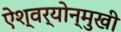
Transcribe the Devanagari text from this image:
ऐश्वर्योन्मुखी